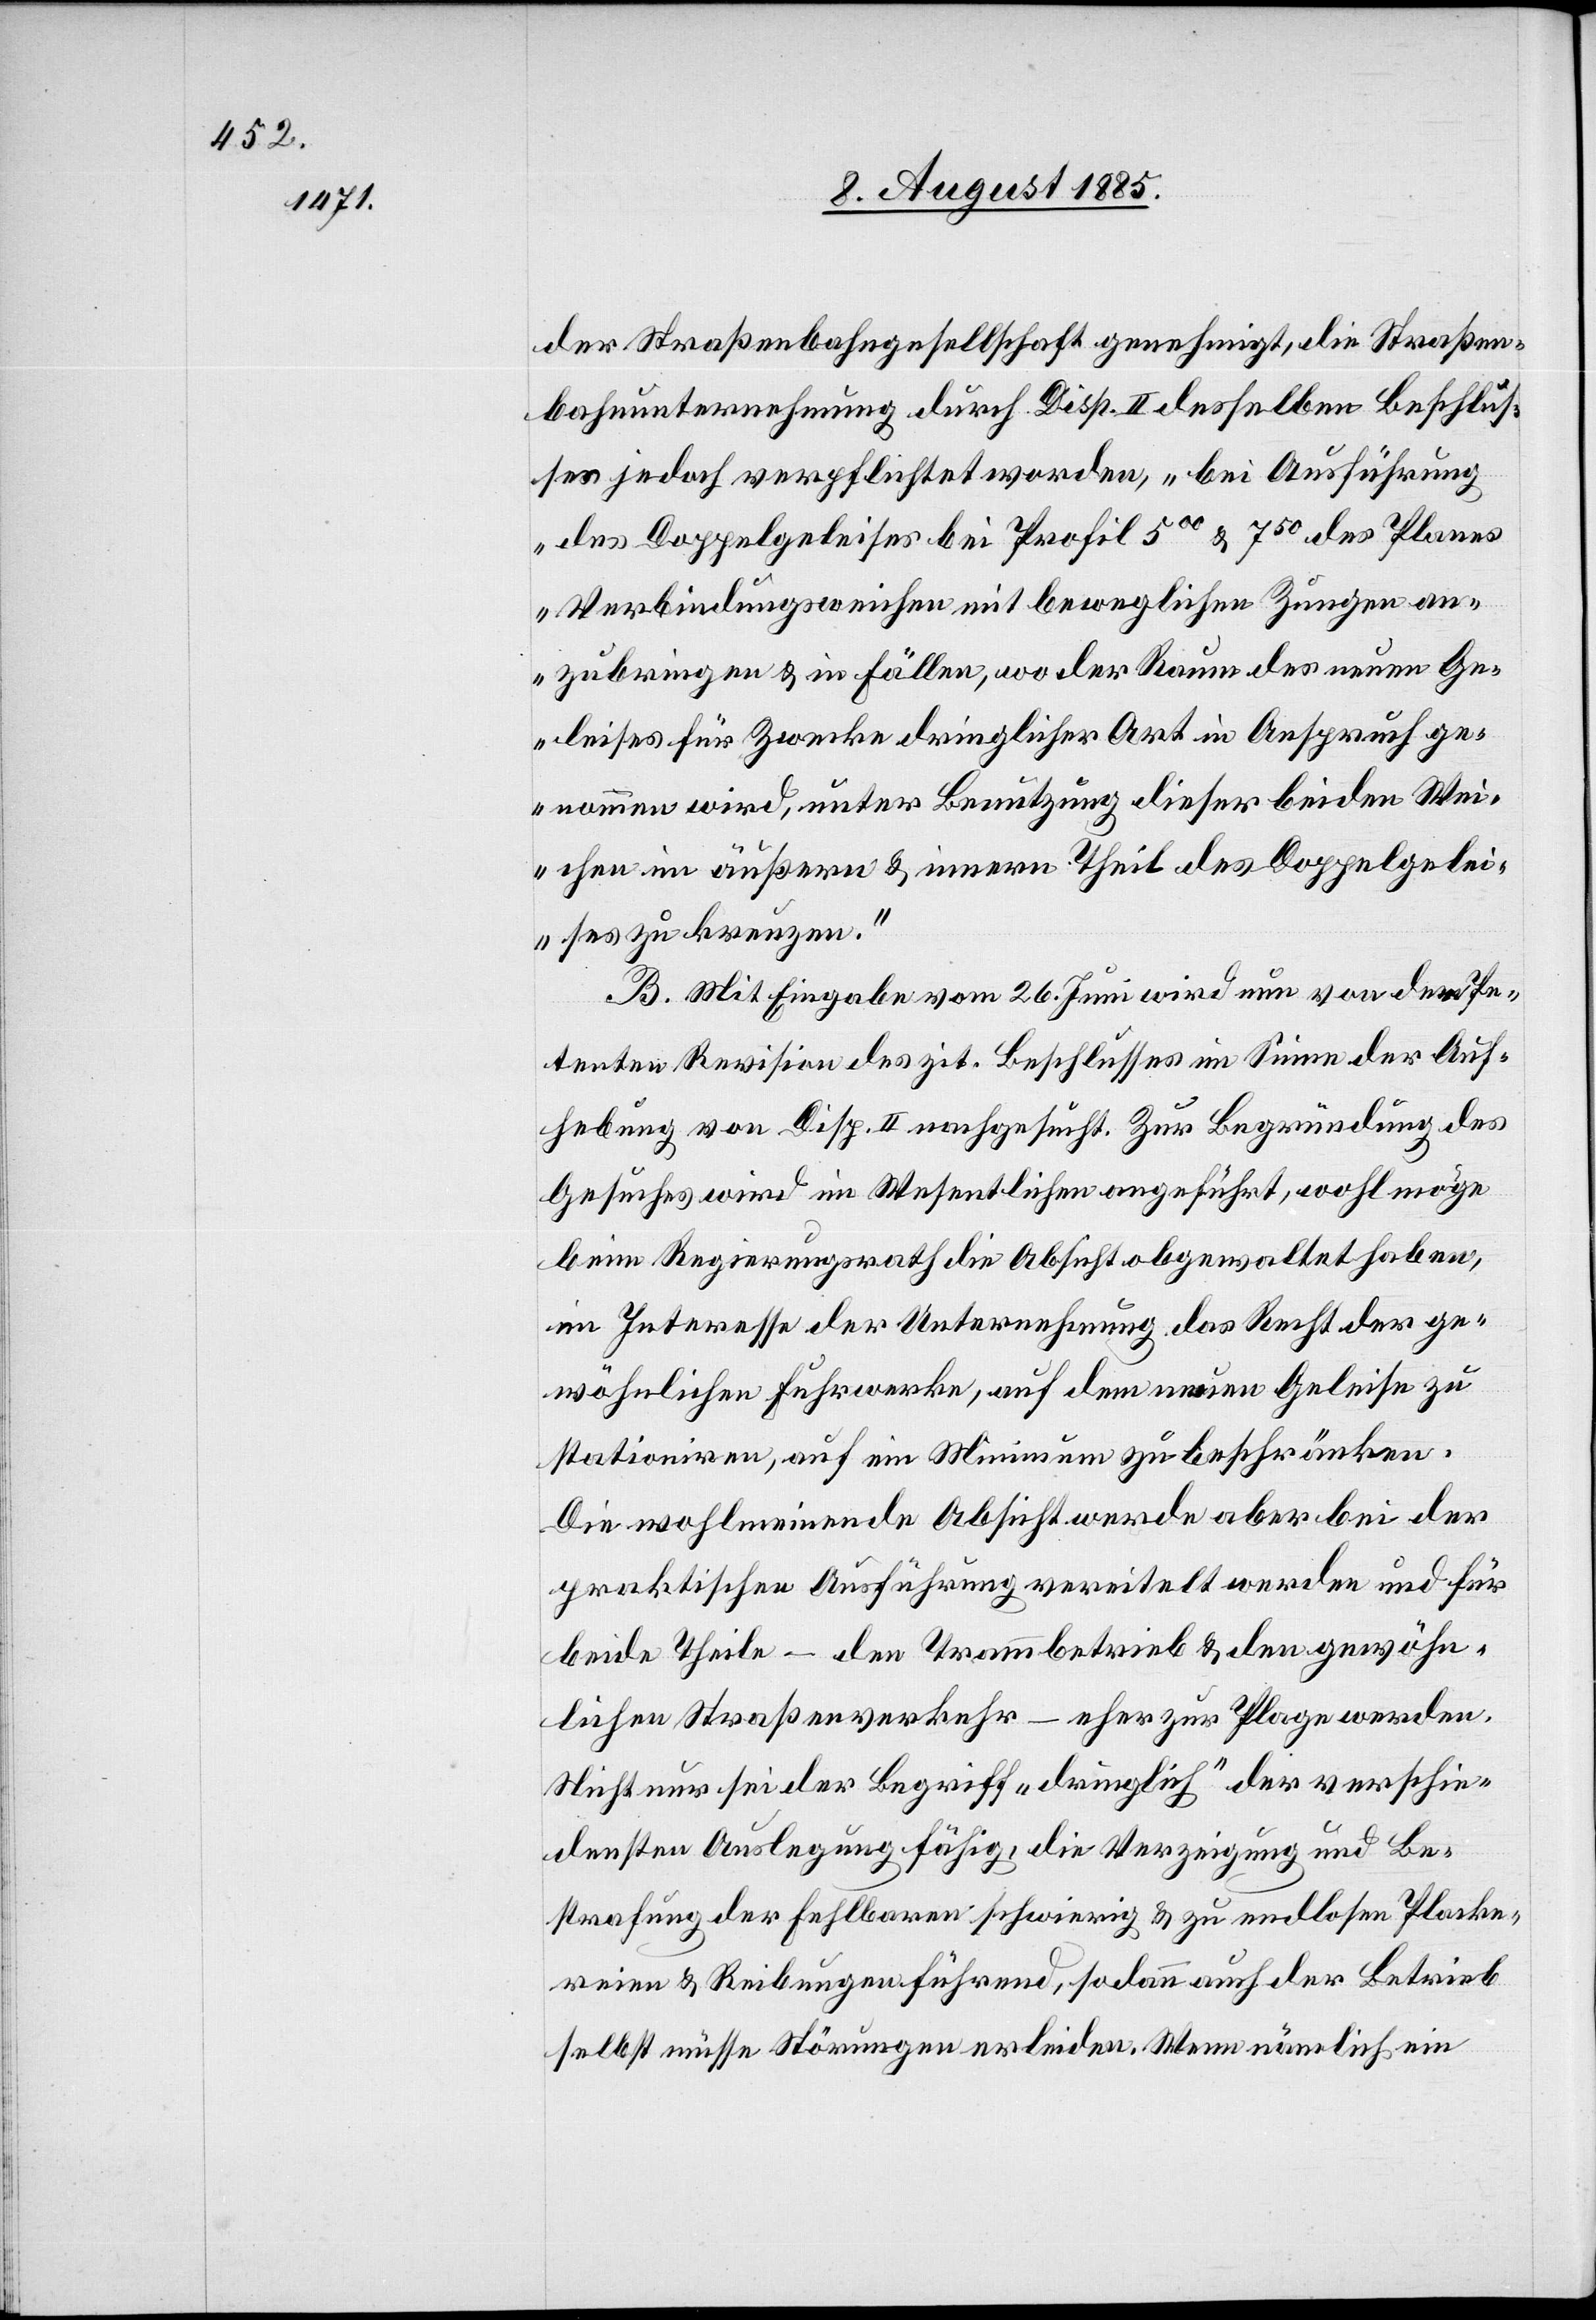
der Straßenbahngesellschaft genehmigt, die Straßen¬
bahnunternehmung durch Disp. II desselben Beschluß¬
es jedoch verpflichtet worden, „bei Ausführung
des Doppelgeleises bei Profil 500 & 750 des Planes
Verbindungsweichen mit beweglichen Zungen an¬
zubringen & in Fällen, wo der Raum des neuen Ge¬
leises für Zwecke dringlicher Art in Anspruch ge¬
nommen wird, unter Benutzung dieser beiden Wei¬
chen im äußern & innern Theil des Doppelgelei¬
ses zu kreuzen.“
B. Mit Eingabe vom 26. Juni wird nun von den Pe¬
tenten Revision des zit. Beschlusses im Sinne der Auf¬
hebung von Disp. II nachgesucht. Zur Begründung des
Gesuches wird im Wesentlichen angeführt, wohl möge
beim Regierungsrath die Absicht obgewaltet haben,
im Interesse der Unternehmung das Recht der ge¬
wöhnlichen Fuhrwerke, auf dem neuen Geleise zu
stationiren, auf ein Minimum zu beschränken.
Die wohlmeinende Absicht werde aber bei der
praktischen Ausführung vereitelt werden und für
beide Theile – den Trammbetrieb & den gewöhn¬
lichen Straßenverkehr – eher zur Plage werden.
Nicht nur sei der Begriff „dringlich“ der verschie¬
densten Auslegung fähig, die Verzeigung und Be¬
strafung der Fehlbaren schwierig & zu endlosen Placke¬
reien & Reibungen führend, so dann auch der Betrieb
selbst müsse Störungen erleiden. Wenn nämlich ein